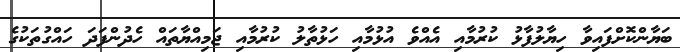
ބަޔާންކޮށްފައިވާ ހިޔާލުފާޅު ކުރުމާއި އެއްވެ އުޅުމާއި ހަޅުތާލު ކުރުމާއި ޖަމިއްޔާތައް ހެދުންފަދަ ހައްގުތަކުގެ